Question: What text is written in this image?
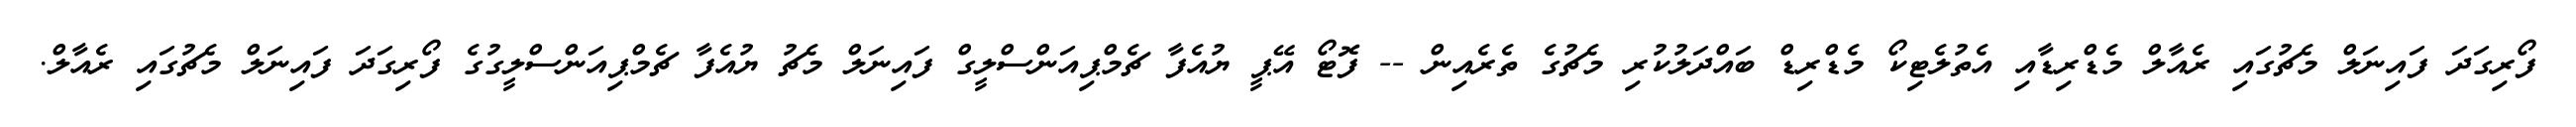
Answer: ފޯރިގަދަ ފައިނަލް މެޗުގައި ރެއާލް މެޑްރިޑާއި އެތުލެޓިކޯ މެޑްރިޑް ބައްދަލުކުރި މެޗުގެ ތެރެއިން -- ފޮޓޯ އޭޕީ ޔުއެފާ ޗެމްޕިއަންސްލީގް ފައިނަލް މެޗު ޔުއެފާ ޗެމްޕިއަންސްލީގުގެ ފޯރިގަދަ ފައިނަލް މެޗުގައި ރެއާލް.